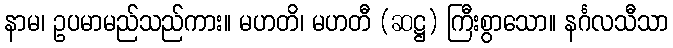
နာမ၊ ဥပမာမည်သည်ကား။ မဟတိ၊ မဟတီ (ဆဋ္ဌ) ကြီးစွာသော။ နင်္ဂလသီသာ